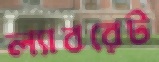
ল্যাবরেট